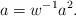
LaTeX: \begin{align*} a=w^{-1}a^2.\end{align*}